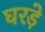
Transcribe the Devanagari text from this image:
घरड़े